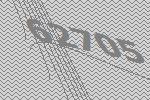
62705